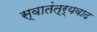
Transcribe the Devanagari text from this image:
स्वातंत्र्यवाद